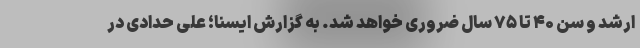
ارشد و سن ۴۰ تا ۷۵ سال ضروری خواهد شد. به گزارش ایسنا؛ علی حدادی در